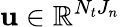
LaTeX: \boldsymbol{\mathbf{u}}\in\mathbb{{R}}^{N_{t}J_{n}}